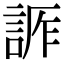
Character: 𧨊